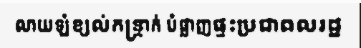
លាយឡំខ្យល់កន្ត្រាក់ បំផ្លាញផ្ទះប្រជាពលរដ្ឋ